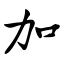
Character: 加